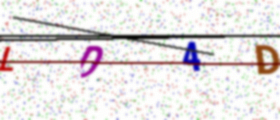
Text: LD4D